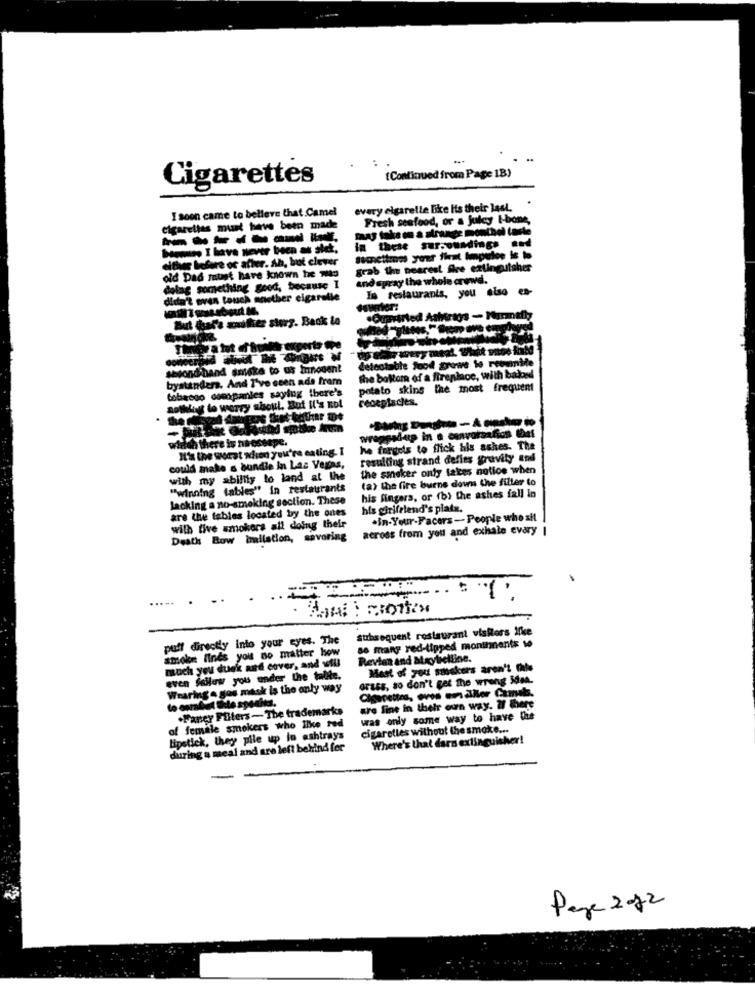
(Continued from Page 1B)
Cigarettes
I soon came to belleve that Camel
every cigarette like Its their last.
Fresh seafood, or a juicy t-bone,
Cigaretlas must have been made
Duty fala on a strange monthol laste
-------
never been as shet.
In these sursounding.
either before or after. Ah, but clever
grab the nearest fire extinguisher
old Dad must have known he was
and spray the whole crewe.
dolag something good, because I
In restaurants, you also en-
didart even touch another cigaretle
But bare miter sturg. Back to
detectable food grows to reomnide
ondthand smaka to us Innouent
bystanders. And I've seen ade fram
The bottom of a fireplace, with baked
tobacco companies saying there's
potato skins the most frequent
receptacles.
notklingt to worry about. But H's not
wirish there is noossspe.
reggadup in a canvorsafios What
It's the wurst when you're eating. I
he forgets to flick his ashes. The
resulting strand defles gravity and
could make s bundle In Las Vegas,
the smaker only fakes notice when
with my ability to land at the
(a) the fire burns down the filter to
"winning tables" in restaurants
his fingers, or (b) the ashes fall in
lacking a no-smoking section. These
are the tables located by the ones
his girlfriend's platz.
with five smokers all doing their
.in-Your-Facers - People who sil
across from you and exhale every |
Death Row imilation, savoring
.....
subsequent restaurant vistors ifkce
puff directly into your eyes. The
smoke finds you no matter how
so many red-tipped moninnents 1o
much you duek and cover, and will
Revien and alxytielline.
Mast of you shakers aren't thule
even Sallow you under the talite.
Grass, so don't get the wrong 5dm.
Wearing & gos maok is the only way
are fine in their own way. if there
.Fancy Ffiters-The trademarks
was only some way to have the
of female smokers who like red
cigarettes without the smoke ...
lipstick, they pile up lo ashtrays
Where's that dars extinguisher!
during a meal and are left behind for
Page 2-12